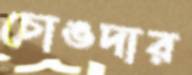
চোঙদার